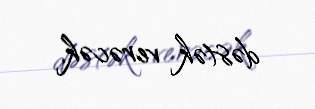
dəstək verəcək.